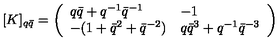
\lbrack K ] _ { q \bar { q } } = \left( \begin{array} { l l } { q \bar { q } + q ^ { - 1 } \bar { q } ^ { - 1 } } & { - 1 } \\ { - ( 1 + \bar { q } ^ { 2 } + \bar { q } ^ { - 2 } ) } & { q \bar { q } ^ { 3 } + q ^ { - 1 } \bar { q } ^ { - 3 } } \\ \end{array} \right)